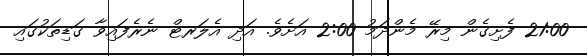
21:00 ފެށިގެން މިރޭ މެންދަމު 2:00 އަށެވެ. އަދި އެލަރޓް ނެރެފައިވާ ގަޑިތަކުގައި